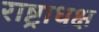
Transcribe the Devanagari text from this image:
राष्ट्राधक्ष